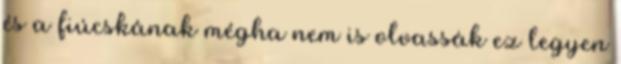
és a fiúcskának mégha nem is olvassák ez legyen